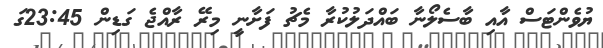
ޔުވެންޓަސް އާއި ބާސެލޯނާ ބައްދަލުކުރާ މެޗު ފަށާނީ މިރޭ ރާއްޖެ ގަޑިން 23:45ގަ